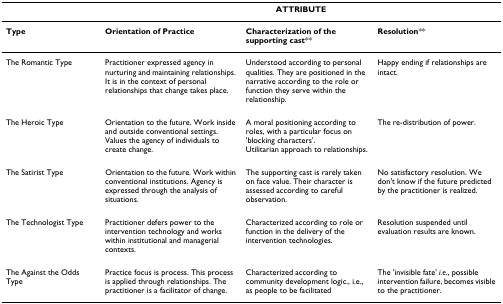
<table><thead><tr><td></td><td colspan="3"><b>ATTRIBUTE</b></td></tr></thead><tbody><tr><td><b>Type</b></td><td><b>Orientation of Practice</b></td><td><b>Characterization of the supporting cast</b>**</td><td><b>Resolution</b>**</td></tr><tr><td>The Romantic Type</td><td>Practitioner expressed agency in nurturing and maintaining relationships. It is in the context of personal relationships that change takes place.</td><td>Understood according to personal qualities. They are positioned in the narrative according to the role or function they serve within the relationship.</td><td>Happy ending if relationships are intact.</td></tr><tr><td>The Heroic Type</td><td>Orientation to the future. Work inside and outside conventional settings. Values the agency of individuals to create change.</td><td>A moral positioning according to roles, with a particular focus on &#x27;blocking characters&#x27;.Utilitarian approach to relationships.</td><td>The re-distribution of power.</td></tr><tr><td>The Satirist Type</td><td>Orientation to the future. Work within conventional institutions. Agency is expressed through the analysis of situations.</td><td>The supporting cast is rarely taken on face value. Their character is assessed according to careful observation.</td><td>No satisfactory resolution. We don&#x27;t know if the future predicted by the practitioner is realized.</td></tr><tr><td>The Technologist Type</td><td>Practitioner defers power to the intervention technology and works within institutional and managerial contexts.</td><td>Characterized according to role or function in the delivery of the intervention technologies.</td><td>Resolution suspended until evaluation results are known.</td></tr><tr><td>The Against the Odds Type</td><td>Practice focus is process. This process is applied through relationships. The practitioner is a facilitator of change.</td><td>Characterized according to community development logic., i.e., as people to be facilitated</td><td>The &#x27;invisible fate&#x27; <i>i.e</i>., possible intervention failure, becomes visible to the practitioner.</td></tr></tbody></table>